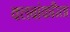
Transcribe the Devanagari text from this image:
क्लबांकरिता